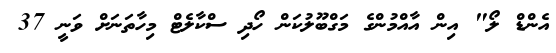
އެންޑް ލޯ" އިން އާއްމުންގެ މަގްބޫލުކަން ހޯދި ސްކާލެޓް މިހާތަނަށް ވަނީ 37